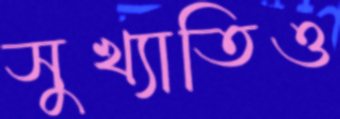
সুখ্যাতিও